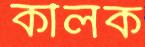
কীলক